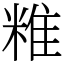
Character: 䊒